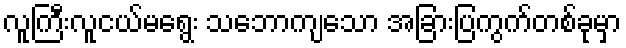
လူကြီးလူငယ်မရွေး သဘောကျသော အခြားပြကွက်တစ်ခုမှာ